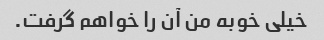
خیلی خوبه من آن را خواهم گرفت.